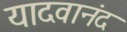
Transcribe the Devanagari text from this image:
यादवानंद